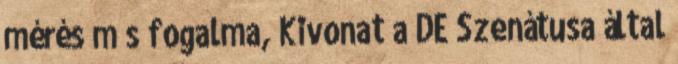
mérés m s fogalma, Kivonat a DE Szenátusa által